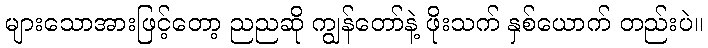
များသောအားဖြင့်တော့ ညညဆို ကျွန်တော်နဲ့ ဖိုးသက် နှစ်ယောက် တည်းပဲ။